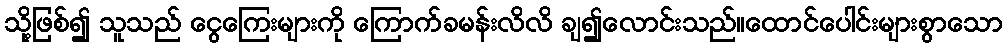
သို့ဖြစ်၍ သူသည် ငွေကြေးများကို ကြောက်ခမန်းလိလိ ချ၍လောင်းသည်။ထောင်ပေါင်းများစွာသော